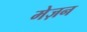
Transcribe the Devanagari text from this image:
मेज़न